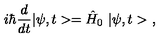
i \hbar \frac { d } { d t } | \psi , t > = \hat { H } _ { 0 } \ | \psi , t > \ ,